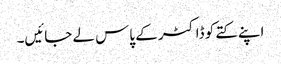
اپنے کتے کو ڈاکٹر کے پاس لے جائیں۔